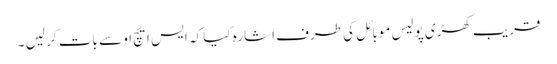
قریب کھڑی پولیس موبائل کی طرف اشارہ کیا کہ ایس ایچ او سے بات کر لیں ۔